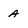
Character: A